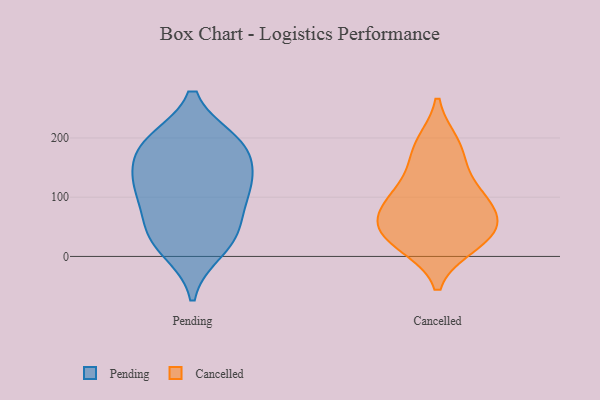
{"axis": {"x": "Market Share (%)", "y": "Value"}, "legend": ["Cancelled", "Pending"], "data": [{"x": "", "y": 177, "type": "Pending"}, {"x": "", "y": 124, "type": "Pending"}, {"x": "", "y": 11, "type": "Pending"}, {"x": "", "y": 126, "type": "Pending"}, {"x": "", "y": 190, "type": "Pending"}, {"x": "", "y": 193, "type": "Pending"}, {"x": "", "y": 27, "type": "Pending"}, {"x": "", "y": 47, "type": "Pending"}, {"x": "", "y": 53, "type": "Pending"}, {"x": "", "y": 113, "type": "Pending"}, {"x": "", "y": 188, "type": "Pending"}, {"x": "", "y": 110, "type": "Pending"}, {"x": "", "y": 119, "type": "Cancelled"}, {"x": "", "y": 188, "type": "Cancelled"}, {"x": "", "y": 176, "type": "Cancelled"}, {"x": "", "y": 36, "type": "Cancelled"}, {"x": "", "y": 22, "type": "Cancelled"}, {"x": "", "y": 99, "type": "Cancelled"}, {"x": "", "y": 33, "type": "Cancelled"}, {"x": "", "y": 49, "type": "Cancelled"}, {"x": "", "y": 71, "type": "Cancelled"}, {"x": "", "y": 85, "type": "Cancelled"}]}